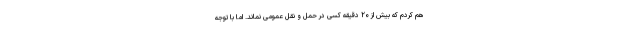
هم کردم که بیش از ۲۰ دقیقه کسی در حمل و نقل عمومی نماند. اما با توجه